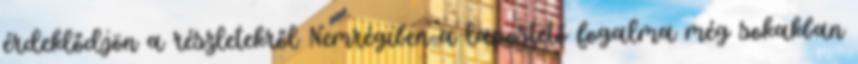
érdeklődjön a részletekről Nemrégiben a lapostető fogalma még sokakban